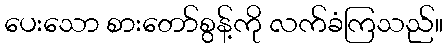
ပေးသော စားတော်စွန့်ကို လက်ခံကြသည်။